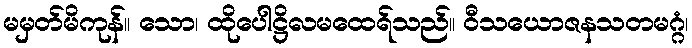
မမှတ်မိကုန်။ သော၊ ထိုပေါဋ္ဌိလမထေရ်သည်။ ဝီသယောဇနသတမဂ္ဂံ၊